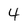
Character: 4